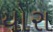
યોરા